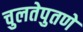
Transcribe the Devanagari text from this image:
चुलतेपुतणे